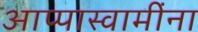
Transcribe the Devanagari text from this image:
आप्पास्‍वामींना